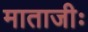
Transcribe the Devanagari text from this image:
माताजीः